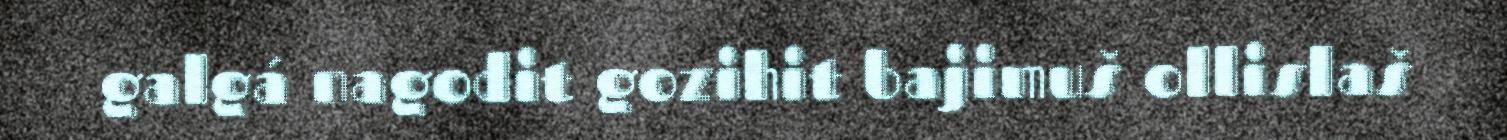
galgá nagodit gozihit bajimuš ollislaš